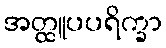
အတ္ထူပပရိက္ခာ